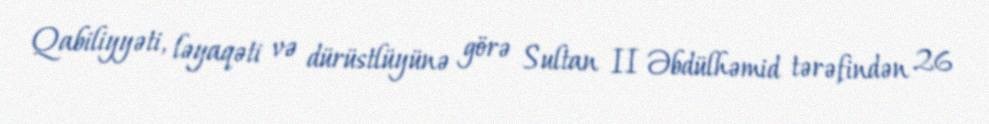
Qabiliyyəti, ləyaqəti və dürüstlüyünə görə Sultan II Əbdülhəmid tərəfindən 26